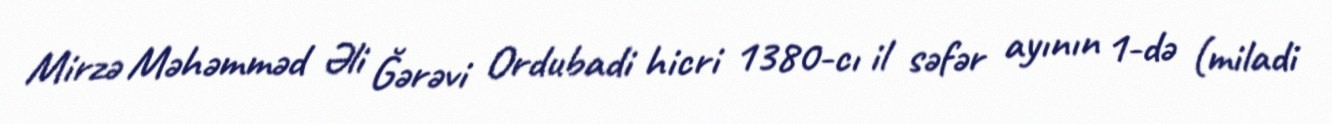
Mirzə Məhəmməd Əli Ğərəvi Ordubadi hicri 1380-cı il səfər ayının 1-də (miladi